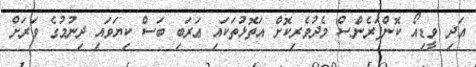
އަދި ވީޑިއޯ ކޮންފަރެންސް މެދުވެރިކޮށް އަތޮޅުތަކައި ޢަރަބި ބަސް ކިޔަވައި ދިނުމުގެ ވަރަށް